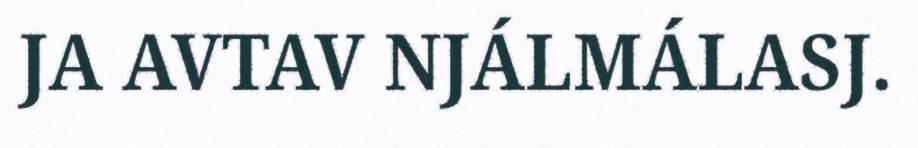
JA AVTAV NJÁLMÁLASJ.